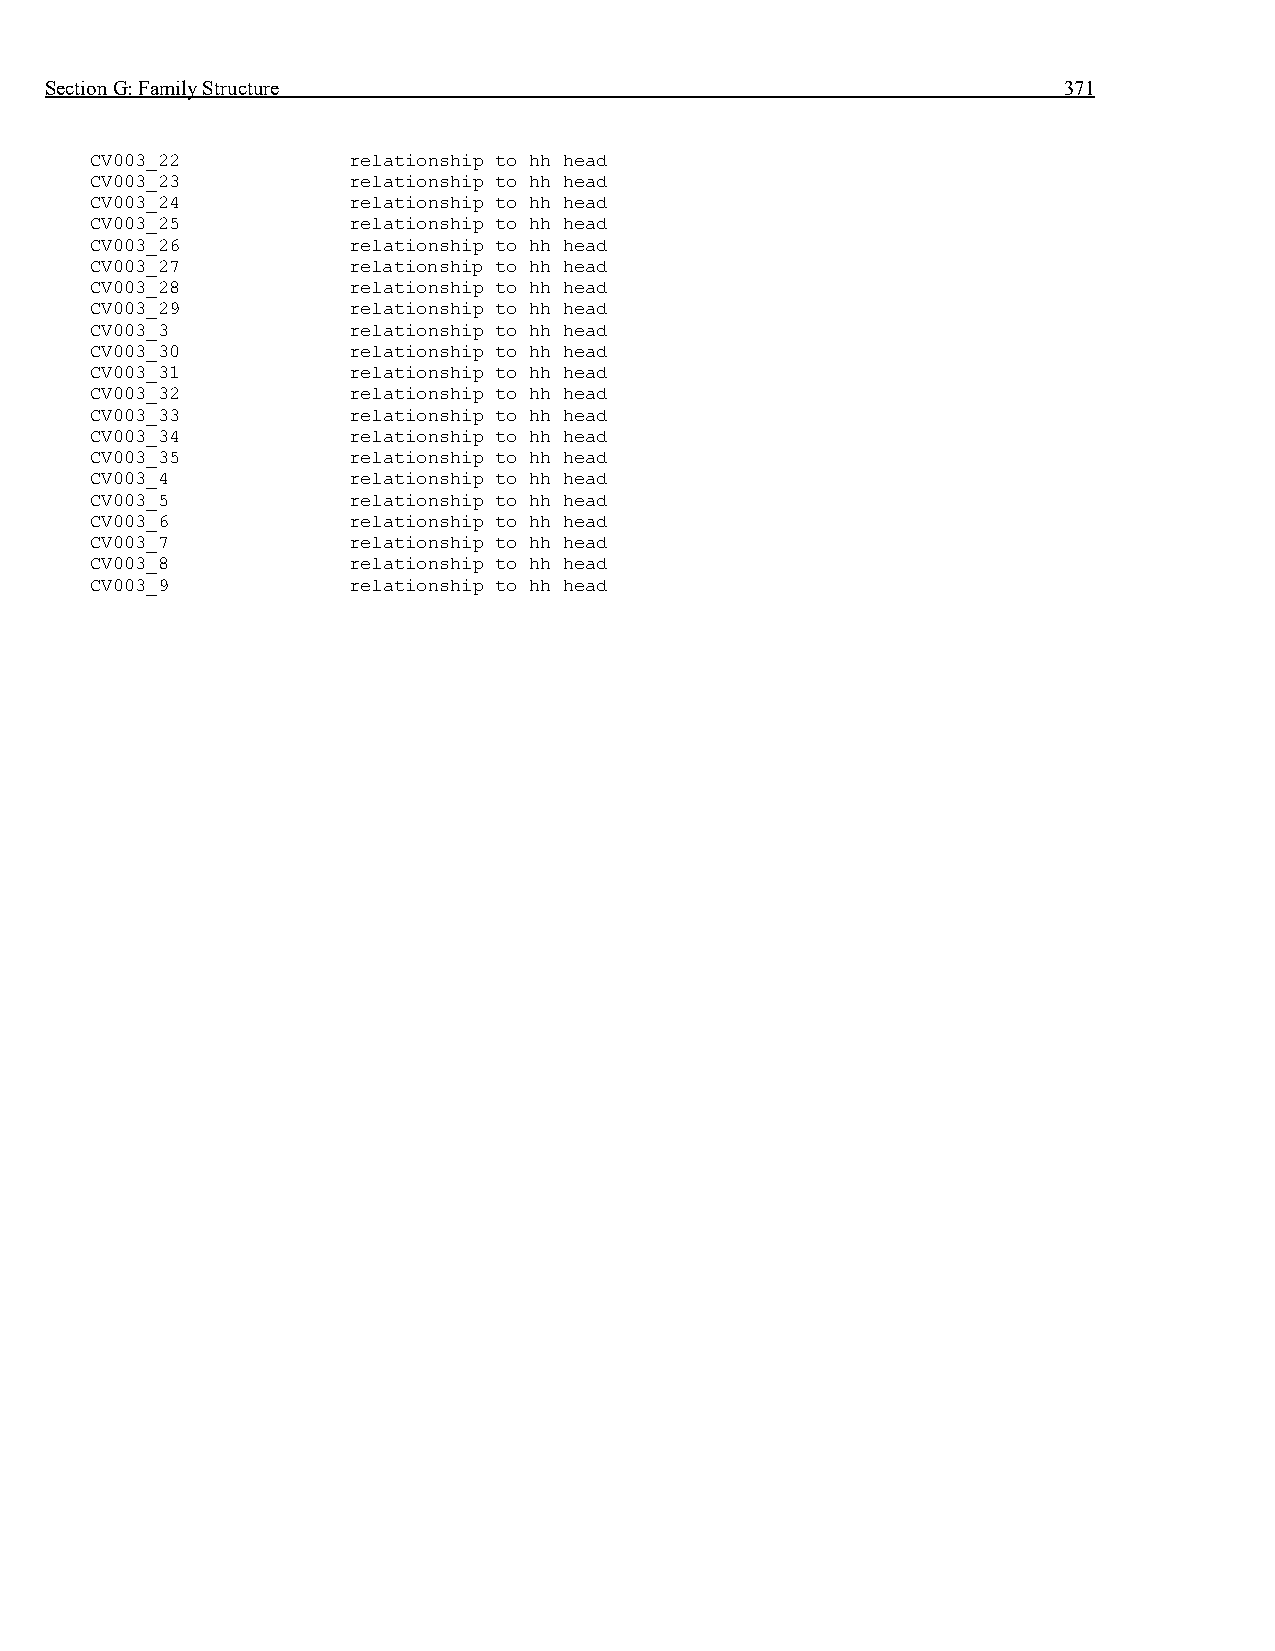
Section G: Family Structure                                        371
 CV003_22         relationship to hh head
 CV003_23         relationship to hh head
 CV003_24         relationship to hh head
 CV003_25         relationship to hh head
 CV003_26         relationship to hh head
 CV003_27         relationship to hh head
 CV003_28         relationship to hh head
 CV003_29         relationship to hh head
 CV003_3          relationship to hh head
 CV003_30         relationship to hh head
 CV003_31         relationship to hh head
 CV003_32         relationship to hh head
 CV003_33         relationship to hh head
 CV003_34         relationship to hh head
 CV003_35         relationship to hh head
 CV003_4          relationship to hh head
 CV003_5          relationship to hh head
 CV003_6          relationship to hh head
 CV003_7          relationship to hh head
 CV003_8          relationship to hh head
 CV003_9          relationship to hh head